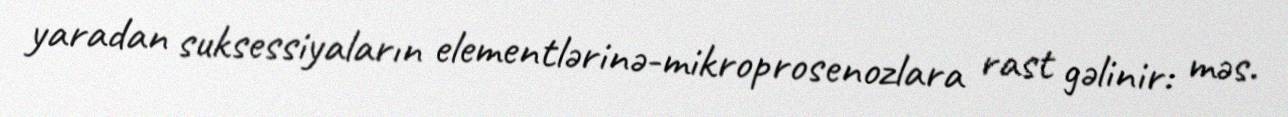
yaradan suksessiyaların elementlərinə-mikroprosenozlara rast gəlinir: məs.